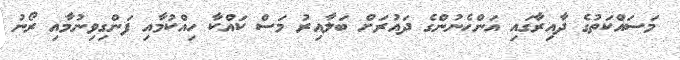
މަސައްކަތުގެ ދާއިރާގައި އަންހެނުންގެ ދައުރަށް ބަލާއިރު މަސް ކައްކާ ހިއްކުމާއި ފަންގިވިނުމާއި ރޯނު